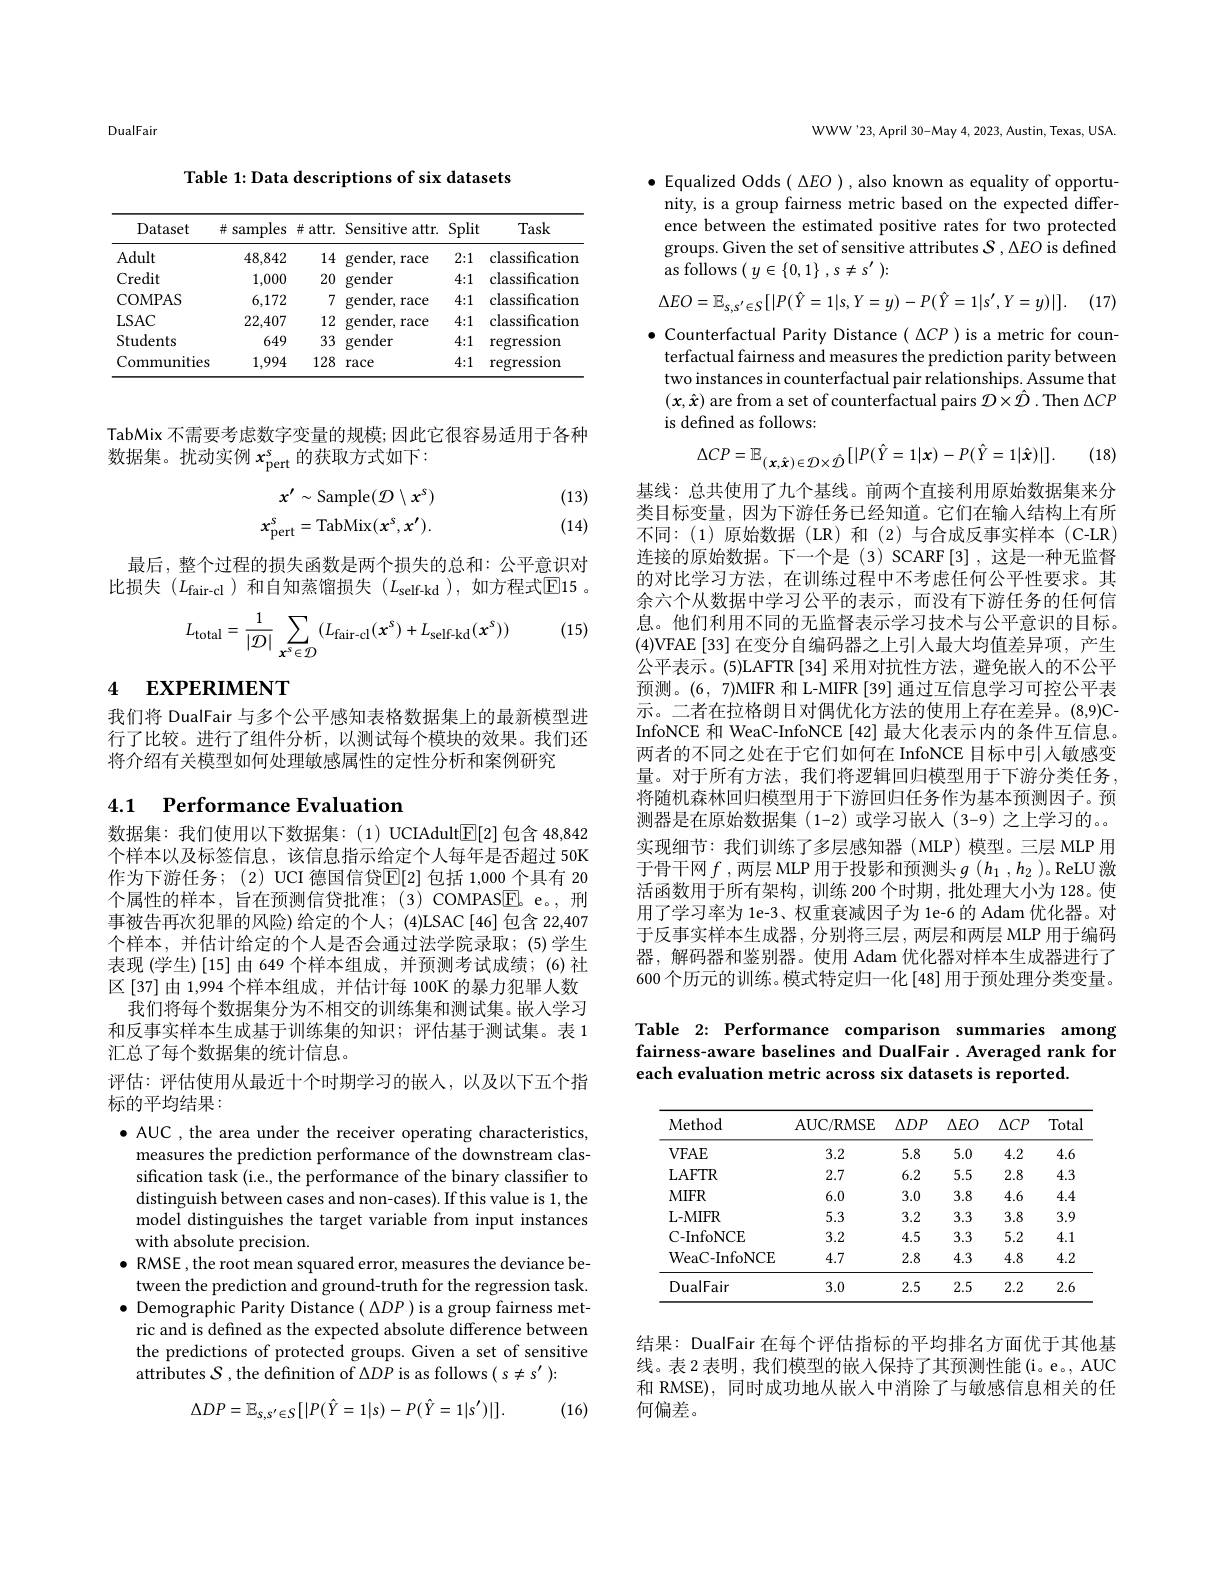
DualFair

Table 1: Data descriptions of six datasets

<table>
	<tbody>
		<tr>
			<th>Dataset</th>
			<th>井 samples</th>
			<th>$\#$attr.</th>
			<th>Sensitive attr.</th>
			<th>Split</th>
			<th>Task</th>
		</tr>
		<tr>
			<td>Adult</td>
			<td>48,842</td>
			<td>14</td>
			<td>gender, race</td>
			<td>2{:}1</td>
			<td>classificatior</td>
		</tr>
		<tr>
			<td>Credit</td>
			<td>1,000</td>
			<td>20</td>
			<td>gender</td>
			<td>4{:}1</td>
			<td>classification</td>
		</tr>
		<tr>
			<td>COMPAS</td>
			<td>6,172</td>
			<td>7</td>
			<td>gender, race</td>
			<td>4{:}1</td>
			<td>classification</td>
		</tr>
		<tr>
			<td>$LSAC$</td>
			<td>22,407</td>
			<td>12</td>
			<td>gender, race</td>
			<td>4{:}1</td>
			<td>classification</td>
		</tr>
		<tr>
			<td>Students</td>
			<td>649</td>
			<td>33</td>
			<td>gender</td>
			<td>4{:}1</td>
			<td>regression</td>
		</tr>
		<tr>
			<td>Communities</td>
			<td>1,994</td>
			<td>128</td>
			<td>race</td>
			<td>4{:}1</td>
			<td>regression</td>
		</tr>
	</tbody>
</table>

TabMix 不需要考虑数字变量的规模；因此它很容易适用于各种
数据集。扰动实例$x_\mathrm{pert}^s$的获取方式如下：
$$x^{\prime}\sim\mathrm{Sample}(\mathcal{D}\setminus x^{s})\\x_{\mathrm{pert}}^{s}=\mathrm{TabMix}(x^{s},x^{\prime}).$$
(13) (14)

最后，整个过程的损失函数是两个损失的总和：公平意识对比损失($L_\mathrm{fair-cl}$)和自知蒸馏损失($L_\mathrm{self-kd}$),如方程式$\overline{\mathrm{E}}$15 。

(15)
$$L_{\mathrm{total}}=\frac{1}{|\mathcal{D}|}\sum_{x^{s}\in\mathcal{D}}(L_{\mathrm{fair-cl}}(x^{s})+L_{\mathrm{self-kd}}(x^{s}))$$
# 4 EXPERIMENT

我们将 DualFair 与多个公平感知表格数据集上的最新模型进行了比较。进行了组件分析，以测试每个模块的效果。我们还将介绍有关模型如何处理敏感属性的定性分析和案例研究

# 4.1 Performance Evaluation

数据集：我们使用以下数据集：(1) UCIAdult$\underline{\mathrm{E}}[2]$包含 48,842个样本以及标签信息，该信息指示给定个人每年是否超过 50K 作为下游任务；(2) UCI 德国信贷$\mathbb{E}[2]$ 包括 1,000 个具有 20个属性的样本，旨在预测信贷批准；(3) COMPAS$\boxed{\mathrm{F}}$。,刑事被告再次犯罪的风险)给定的个人；(4)LSAC[46]包含 22,407个样本，并估计给定的个人是否会通过法学院录取；(5)学生表现 (学生) [15] 由 649 个样本组成 , 并预测考试成绩；(6) 社区[37]由 1,994 个样本组成，并估计每 100K 的暴力犯罪人数
我们将每个数据集分为不相交的训练集和测试集。嵌人学习和反事实样本生成基于训练集的知识；评估基于测试集。表 1汇总了每个数据集的统计信息。
评估：评估使用从最近十个时期学习的嵌人，以及以下五个指
标的平均结果：

$\bullet$ AUC , the area under the receiver operating characteristics,
measures the prediction performance of the downstream classification task (i.e., the performance of the binary classifier to distinguish between cases and non-cases). If this value is 1, the model distinguishes the target variable from input instances with absolute precision.
$\bullet$ RMSE, the root mean squared error, measures the deviance be-
tween the prediction and ground-truth for the regression task. $\bullet$ Demographic Parity Distance( $\Delta DP)$ is a group fairness metric and is defined as the expected absolute difference between the predictions of protected groups. Given a set of sensitive attributes $S$ , the definition of $\Delta DP$ is as follows ( s $\neq s^\prime):$
$$\Delta DP=\mathbb{E}_{s,s^{\prime}\in S}[|P(\hat{Y}=1|s)-P(\hat{Y}=1|s^{\prime})|].$$
(16)

WWW'23, April 30-May 4, 2023, Austin, Texas, USA.

$\bullet$ Equalized Odds $(\Delta EO)$, also known as equality of opportu-
nity, is a group fairness metric based on the expected difference between the estimated positive rates for two protected groups. Given the set of sensitive attributes $S$ , $\Delta EO$ is defined as follows ( $y\in \{ 0, 1\}$ , $s\neq s^{\prime }$ $) \nobreak {: } $
$$\Delta EO=\mathbb{E}_{s,s^{\prime}\in S}[|P(\hat{Y}=1|s,Y=y)-P(\hat{Y}=1|s^{\prime},Y=y)|].$$
(17)

$\bullet$ Counterfactual Parity Distance( $\Delta CP)$ is a metric for coun-
terfactual fairness and measures the prediction parity between two instances in counterfactual pair relationships. Assume that $(\boldsymbol{x},\hat{\boldsymbol{x}})$ are from a set of counterfactual pairs $\mathcal{D}\times\hat{\mathcal{D}}.$ Then $\Delta CP$ is defined as follows:
$$\Delta CP=\mathbb{E}_{(\mathbf{x},\hat{\mathbf{x}})\in\mathcal{D}\times\hat{\mathcal{D}}}[|P(\hat{Y}=1|\mathbf{x})-P(\hat{Y}=1|\hat{\mathbf{x}})|].$$
(18)

基线：总共使用了九个基线。前两个直接利用原始数据集来分类目标变量，因为下游任务已经知道。它们在输人结构上有所不同：(1)原始数据(LR)和(2)与合成反事实样本(C-LR) 连接的原始数据。下一个是(3)SCARF[3],这是一种无监督的对比学习方法，在训练过程中不考虑任何公平性要求。其余六个从数据中学习公平的表示，而没有下游任务的任何信息。他们利用不同的无监督表示学习技术与公平意识的目标。(4)VFAE[33]在变分自编码器之上引人最大均值差异项，产生公平表示。(5)LAFTR[34]采用对抗性方法，避免嵌人的不公平预测。(6,7)MIFR 和 L-MIFR [39] 通过互信息学习可控公平表示。二者在拉格朗日对偶优化方法的使用上存在差异。(8,9)CInfoNCE 和 WeaC-InfoNCE [42] 最大化表示内的条件互信息。两者的不同之处在于它们如何在 InfoNCE 目标中引人敏感变量。对于所有方法，我们将逻辑回归模型用于下游分类任务， 将随机森林回归模型用于下游回归任务作为基本预测因子。预测器是在原始数据集(1-2)或学习嵌人(3-9)之上学习的。实现细节：我们训练了多层感知器(MLP)模型。三层 MLP 用于骨干网$f$ ,两层 MLP 用于投影和预测头$g(h_1,h_2)$。ReLU 激活函数用于所有架构，训练 200 个时期，批处理大小为 128。使用了学习率为 1e-3、权重衰减因子为 1e-6 的 Adam 优化器。对于反事实样本生成器，分别将三层，两层和两层 MLP 用于编码器，解码器和鉴别器。使用 Adam 优化器对样本生成器进行了600 个历元的训练。模式特定归一化 [48] 用于预处理分类变量。

Table 2: Performance comparison summaries among fairness-aware baselines and DualFair. Averaged rank for each evaluation metric across six datasets is reported.

<table>
	<tbody>
		<tr>
			<th>Method</th>
			<th>AUC/ RMSE</th>
			<th>$\Delta DP$</th>
			<th>$\Delta EO$</th>
			<th>$\Delta CP$</th>
			<th>Total</th>
		</tr>
		<tr>
			<td>$VFAE$</td>
			<td>3.2</td>
			<td>5.8</td>
			<td>5.0</td>
			<td>4.2</td>
			<td>4.6</td>
		</tr>
		<tr>
			<td>LAFTR</td>
			<td>2.7</td>
			<td>6.2</td>
			<td>5.5</td>
			<td>2.8</td>
			<td>4.3</td>
		</tr>
		<tr>
			<td>$MIFR$</td>
			<td>6.0</td>
			<td>3.0</td>
			<td>3.8</td>
			<td>4.6</td>
			<td>4.4</td>
		</tr>
		<tr>
			<td>L- MIFR</td>
			<td>5.3</td>
			<td>3.2</td>
			<td>3.3</td>
			<td>3.8</td>
			<td>3.9</td>
		</tr>
		<tr>
			<td>C-InfoNCE</td>
			<td>3.2</td>
			<td>4.5</td>
			<td>3.3</td>
			<td>5.2</td>
			<td>4.1</td>
		</tr>
		<tr>
			<td>WeaC-InfoNCE</td>
			<td>4.7</td>
			<td>2.8</td>
			<td>4.3</td>
			<td>4.8</td>
			<td>4.2</td>
		</tr>
		<tr>
			<td>DualFair</td>
			<td>3.0</td>
			<td>2.5</td>
			<td>2.5</td>
			<td>2.2</td>
			<td>2.6</td>
		</tr>
	</tbody>
</table>

结果：DualFair 在每个评估指标的平均排名方面优于其他基线。表 2 表明 , 我们模型的嵌入保持了其预测性能 (i。e。, AUC 和 RMSE), 同时成功地从嵌入中消除了与敏感信息相关的任何偏差。